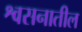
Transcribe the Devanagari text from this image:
श्वसनातील